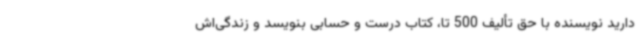
دارید نویسنده با حق تألیف 500 تا، کتاب درست و حسابی بنویسد و زندگی‌اش